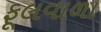
ફૂલવાળા